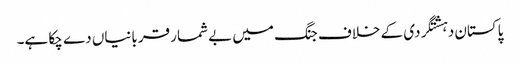
پاکستان دہشتگردی کے خلاف جنگ میں بے شمار قربانیاں دے چکا ہے۔